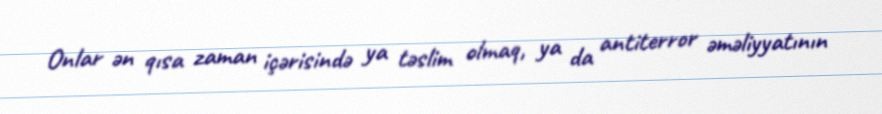
Onlar ən qısa zaman içərisində ya təslim olmaq, ya da antiterror əməliyyatının